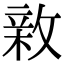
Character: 𢾉